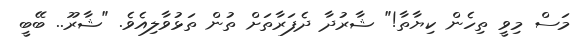
މަސް މިވީ ތިހެން ކިޔާތާ!" ޝާރުދާ ދެފަރާތަށް ތުން ތަޅުވާލިއެވެ. "ޝާރޫ.. ބޭބީ